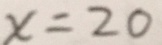
x = 2 0